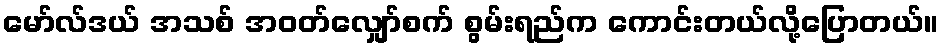
မော်လ်ဒယ် အသစ် အဝတ်လျှော်စက် စွမ်းရည်က ကောင်းတယ်လို့ပြောတယ်။